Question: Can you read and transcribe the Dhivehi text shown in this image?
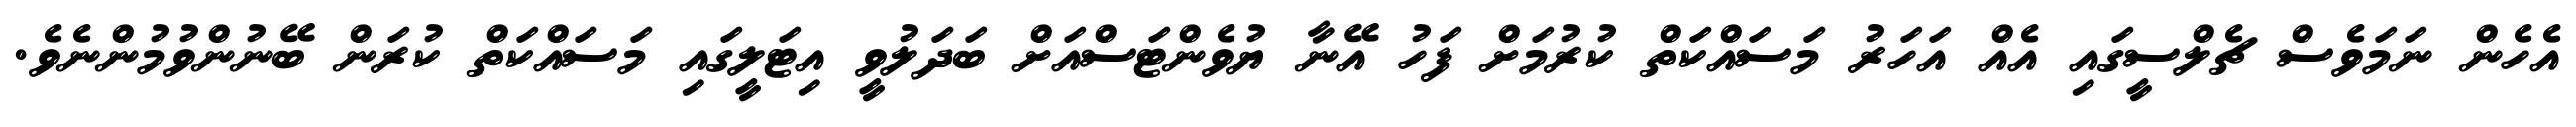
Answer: އެހެން ނަމަވެސް ޗެލްސީގައި އެއް އަހަރު މަސައްކަތް ކުރުމަށް ފަހު އޭނާ ޔުވެންޓަސްއަށް ބަދަލުވީ އިޓަލީގައި މަސައްކަތް ކުރަން ބޭނުންވުމުންނެވެ.